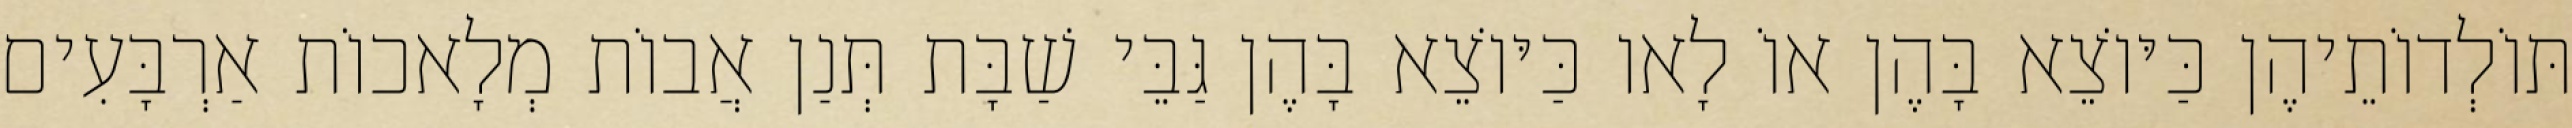
תּוֹלְדוֹתֵיהֶן כַּיּוֹצֵא בָּהֶן אוֹ לָאו כַּיּוֹצֵא בָּהֶן גַּבֵּי שַׁבָּת תְּנַן אֲבוֹת מְלָאכוֹת אַרְבָּעִים